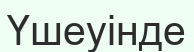
Үшеуінде